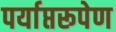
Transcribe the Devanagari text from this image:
पर्याप्तरूपेण